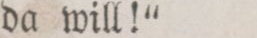
da will!“